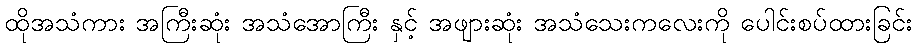
ထိုအသံကား အကြီးဆုံး အသံအောကြီး နှင့် အဖျားဆုံး အသံသေးကလေးကို ပေါင်းစပ်ထားခြင်း